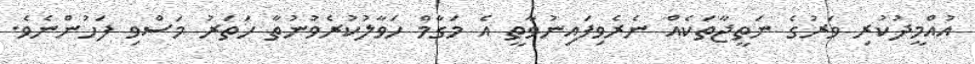
އުއްމީދުކުރި ވަރުގެ ނަތީޖާތަކެއް ނެރެވިފައިނުވާތީ އެ މަގާމް ހަވާލުކުރެވުނުތާ ހަތަރު މަސްވި ފަހުންނެވެ.